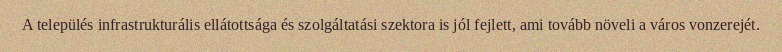
A település infrastrukturális ellátottsága és szolgáltatási szektora is jól fejlett, ami tovább növeli a város vonzerejét.